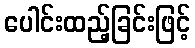
ပေါင်းထည့်ခြင်းဖြင့်